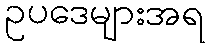
ဥပဒေများအရ